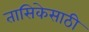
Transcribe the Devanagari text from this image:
तासिकेसाठी